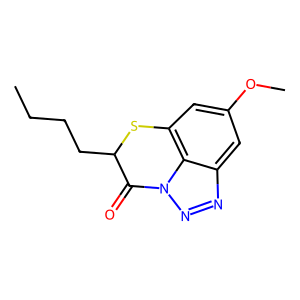
SMILES: CCCCC1Sc2cc(OC)cc3nnn(c23)C1=O
Inhibits HIV replication: No